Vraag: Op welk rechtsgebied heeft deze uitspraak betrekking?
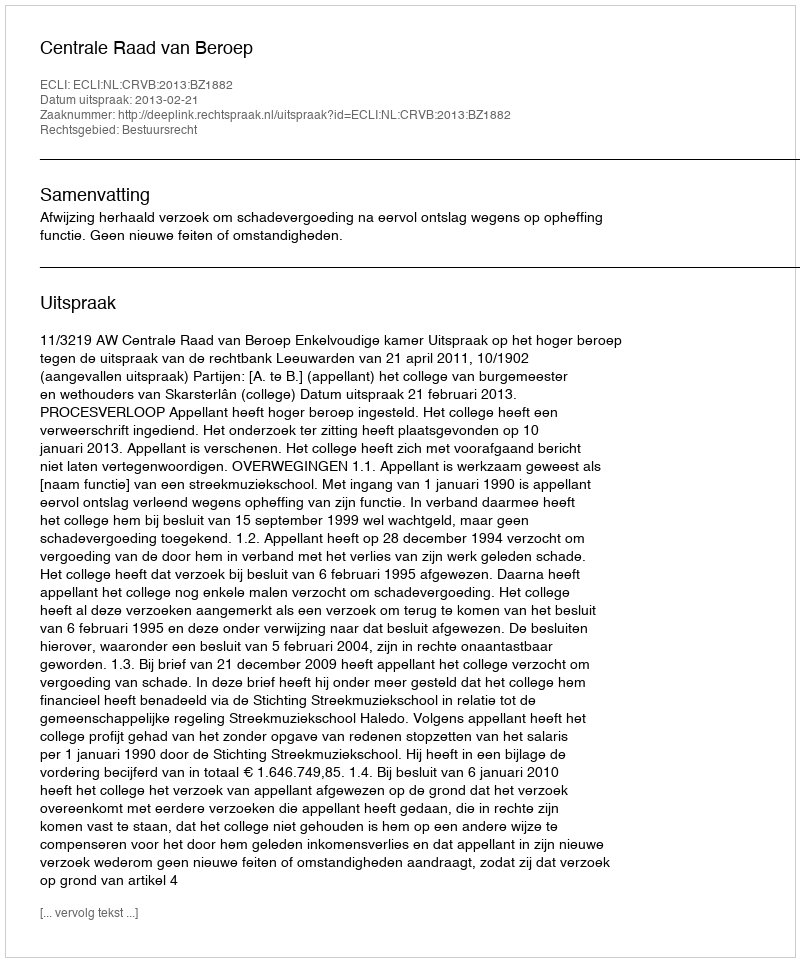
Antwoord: Bestuursrecht